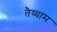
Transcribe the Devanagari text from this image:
तैय्याम